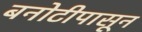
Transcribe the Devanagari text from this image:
बनोटीपासून